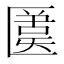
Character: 𠥛